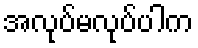
အလုပ်မလုပ်ပါက